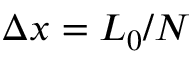
\Delta x = L _ { 0 } / N